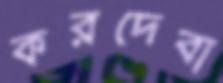
করদেবা